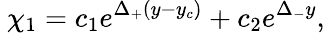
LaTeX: ~\chi_{1}=c_{1}e^{\Delta_{+}(y-y_{c})}+c_{2}e^{\Delta_{-}y},